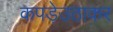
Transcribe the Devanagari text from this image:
कपड़ेउठाकर